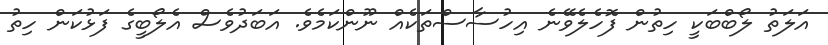
އަލަތު ލޯބްބަކީ ހިތުން ފޮހެލެވޭނެ އިހުސާސްތަކެއް ނޫންކަމެވެ. އަބަދުވެސް އެލޯބީގެ ފަޅުކަން ހިތު